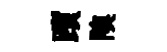
躓隩